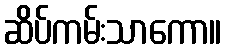
ဆိပ်ကမ်းသာကော။